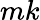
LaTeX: mk